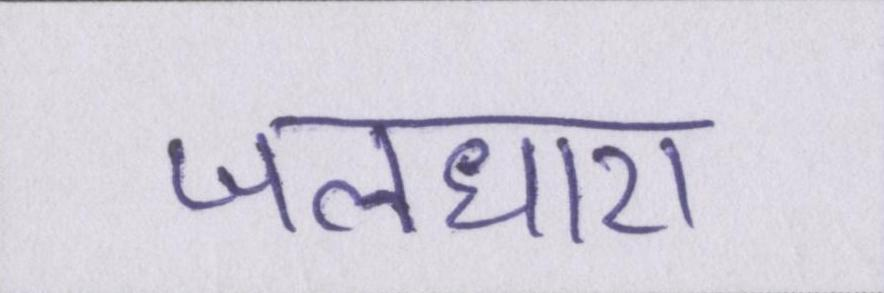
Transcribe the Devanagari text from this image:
जलधारा